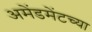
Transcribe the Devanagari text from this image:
अमेंडमेंटच्या